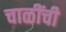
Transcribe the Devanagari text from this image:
चाळींची